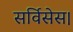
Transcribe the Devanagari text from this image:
सर्विसेस।